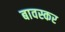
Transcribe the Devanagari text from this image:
बावस्कर